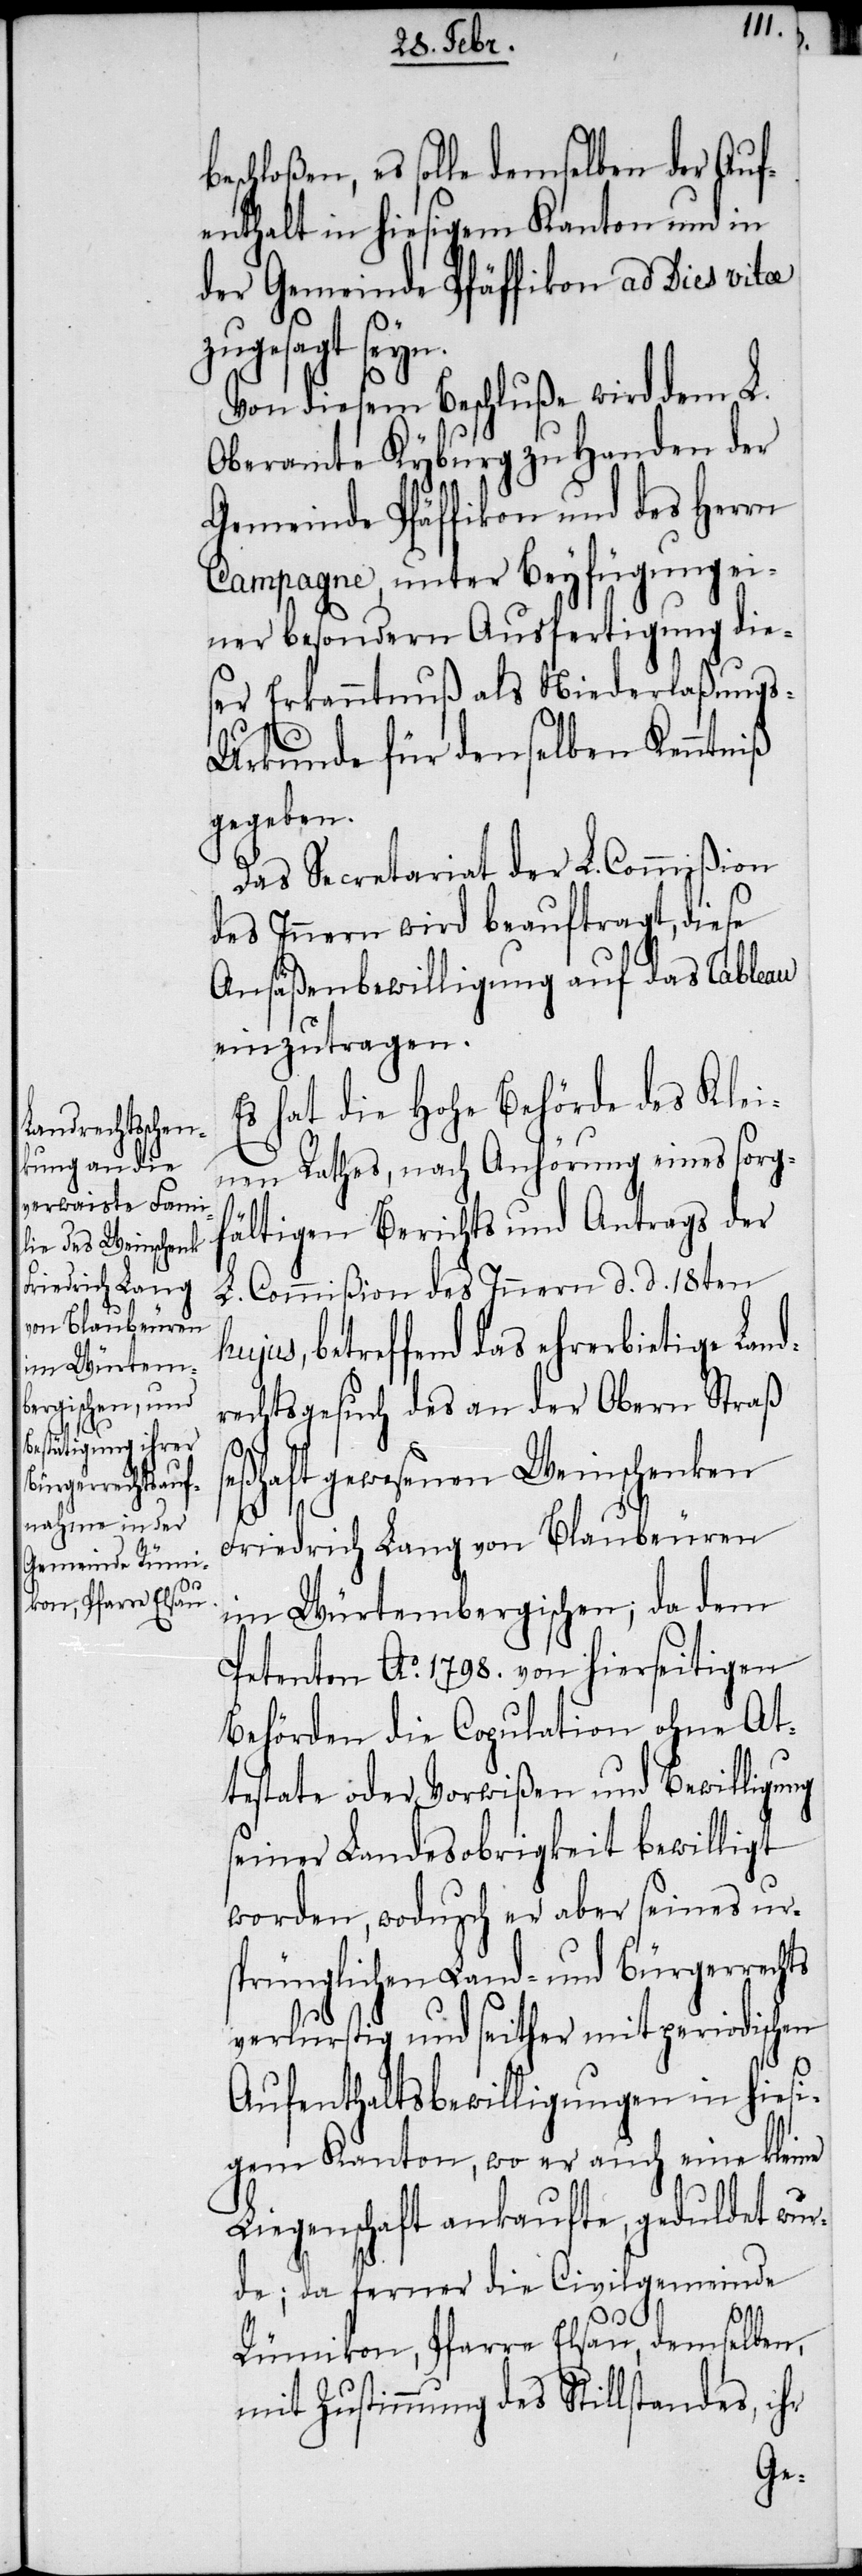
eschloßen, es solle demselben der Auf¬
enthalt in hiesigem Kanton und in
der Gemeinde Pfäffikon ad Dies vitae
zugesagt seyn.
Von diesem Beschluße wird dem L.
Oberamte Kyburg zu Handen der
Gemeinde Pfäffikon und des Herrn
Campagne, unter Beyfügung ei¬
ner besondern Ausfertigung dies¬
er Erkanntnuß als Niederlaßung¬
s-Urkunde für denselben Kenntniß
gegeben.
Das Secretariat der L. Commißion
des Innern wird beauftragt, diese
Ansäßenbewilligung auf das Tableau
einzutragen.
Es hat die Hohe Behörde des Klei¬
nen Rathes, nach Anhörung eines sorg¬
fältigen Berichts und Antrags der
L. Commißion des Innern d. d. 18ten
jus, betreffend das ehrerbietige Lan¬
rechtsgesuch des an der Obern Straß
se¬
ßhaft gewesenen Weinschenken
Friedrich Lang von Blaubeuren
im Würtembergischen; da dem
Petenten Ao. 1798. von hierseitigen
Behörden die Copulation ohne At¬
testate oder Vorwißen und Bewilligung
seiner Landesobrigkeit bewilligt
worden, wodurch er aber seines urs¬
prünglichen Land- und Bürgerrechts
verlurstig und seither mit periodischen
d¬
Aufenthaltsbewilligungen in hiesi¬
gem Kanton, wo er auch eine kleine
Liegenschaft ankaufte, geduldet wur¬
de; da ferner die Civilgemeinde
Rümikon, Pfarre Elsau, demselben,
mit Zustimmung des Stillstandes, ihr